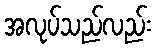
အလုပ်သည်လည်း